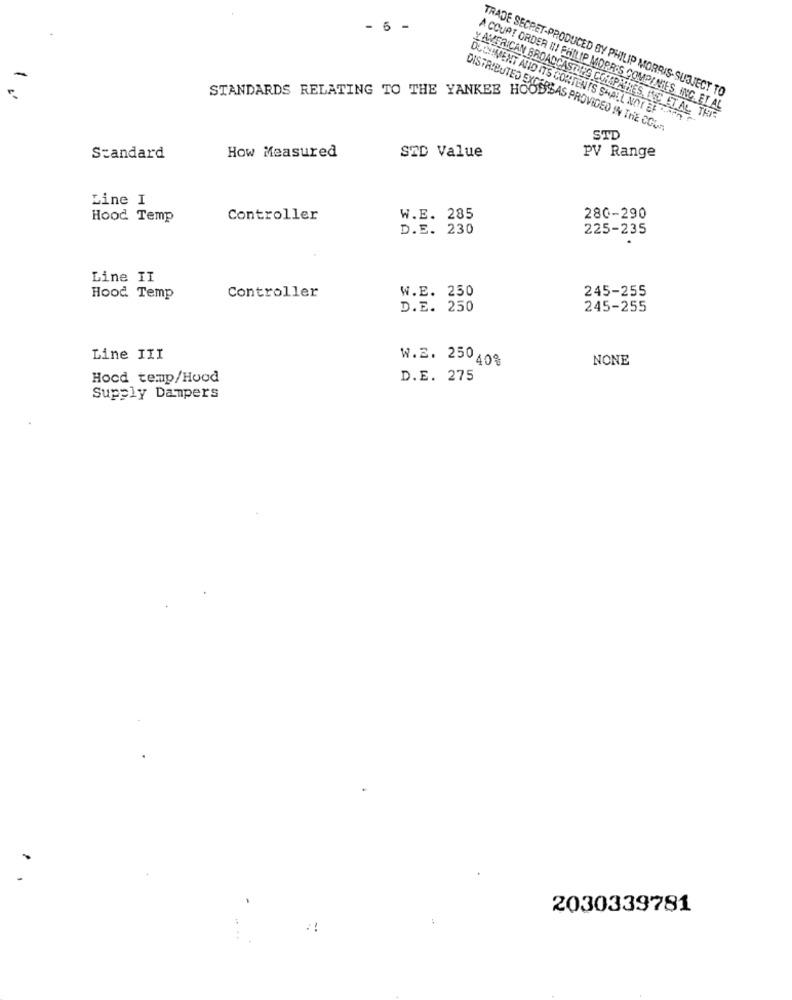
- 6 -
STANDARDS RELATING TO THE YANKEE HOO
TRADE SECRET-PRODUCED BY PHILIP MORRIS-SUBJECT TO
A COURT ORDER IN PHILIP MORRIS COMPANIES, INC. ET AL
DUDYIMENT AND ITS CONTENTS SHALL NOT EFF?
AMERICAN BROADCASTING COMPANIES INC ET AL. THE
DISTRIBUTED EXCERS AS PROVIDED IN THE COUS
STD
Standard
How Measured
STD Value
PV Range
Line I
Hood Temp
Controller
W.E. 285
280-290
D.E. 230
225-235
Line II
Controller
W.E. 250
245-255
Hood Temp
D.E. 250
245-255
Line III
W.E. 25040%
NONE
Hocd temp/Hood
D.E. 275
Supply Dampers
2030339781